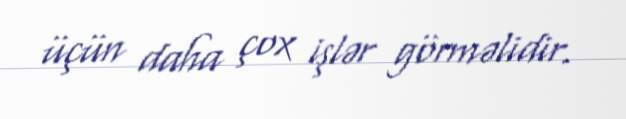
üçün daha çox işlər görməlidir.